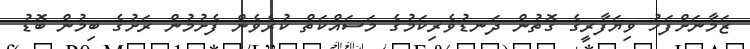
ޒަމާނަަށްފަހު ވިޔަފާރީގެ ގޮތުން ދަނޑުވެރިކަމުގެ މަސައްކަތް ކުރެވެން ފެށުމުން ރަށުގެ ބިމުން ބޮޑު